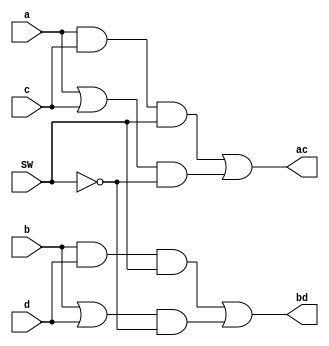
// ---------------------------------
// -- Exemplo0032 - circEx32 
// -- Nome: Alexnadre Plamieir Sad 
// -- Matricula: 440265 
// ---------------------------------

// ---------------------------------
// -- Modulo principal
// ---------------------------------
module circEx32(output ac, output bd, input a, input b, input c, input d, input SW);
	wire saac, soac, sabd, sobd, n0, n1, s0, s1, s2, s3;
	and AAC(saac, a, c);
	or  OAC(soac, a, c);
	and ABD(sabd, b, d);
	or  OBD(sobd, b, d);
	not N1(n0, SW);
	not N2(n1, SW);
	and A1(s0, saac, SW);
	and A2(s1, soac, n0);
	and A3(s2, sabd, SW);
	and A4(s3, sobd, n1);
	or  O1(ac, s0, s1);
	or  O2(bd, s2, s3);
endmodule

// ---------------------------------
// -- Modulo testador
// ---------------------------------
module testMain; 
// --------------------------------- definir dados 
	reg 	a, b, c, d;
	reg 	switch;
	wire 	s0, s1;
	
// --------------------------------- instanciando
	circEx32 C1(s0, s1, a, b, c, d, switch);
	
// --------------------------------- inicializacao
	initial begin:start
		a = 0;
		b = 0;
		c = 0;
		d = 0;
		switch = 0;  
	end 
// --------------------------------- parte principal 
	initial begin 
		$display("Exemplo0032 - Sad - 440265"); 
		$display("Test LU's module");
		$display("Switch = 0 -> OR");
		$monitor(" %b%b | %b%b = %b%b", a, b, c, d, s0, s1); 
		
	// --------------------------------- projetar testes do modulo 
		#1
		a = 0; b = 0; c = 0; d = 0; switch = 0;
		#1
		a = 0; b = 0; c = 0; d = 1; switch = 0;
		#1
		a = 0; b = 0; c = 1; d = 0; switch = 0;
		#1
		a = 0; b = 0; c = 1; d = 1; switch = 0;
		#1
		a = 0; b = 1; c = 0; d = 0; switch = 0;
		#1
		a = 0; b = 1; c = 0; d = 1; switch = 0;
		#1
		a = 0; b = 1; c = 1; d = 0; switch = 0;		
		#1
		a = 0; b = 1; c = 1; d = 1; switch = 0;
		#1
		a = 1; b = 0; c = 0; d = 0; switch = 0;
		#1
		a = 1; b = 0; c = 0; d = 1; switch = 0;
		#1
		a = 1; b = 0; c = 1; d = 0; switch = 0;
		#1
		a = 1; b = 0; c = 1; d = 1; switch = 0;
		#1
		a = 1; b = 1; c = 0; d = 0; switch = 0;
		#1
		a = 1; b = 1; c = 0; d = 1; switch = 0;
		#1
		a = 1; b = 1; c = 1; d = 0; switch = 0;
		#1
		a = 1; b = 1; c = 1; d = 1; switch = 0;
		#1
		a = 0; b = 0; c = 0; d = 0; switch = 1;
		$display("-----------------------");
		$display("Switch = 1 -> AND");
		$monitor(" %b%b & %b%b = %b%b", a, b, c, d, s0, s1);
		#1
		a = 0; b = 0; c = 0; d = 1; switch = 1;
		#1
		a = 0; b = 0; c = 1; d = 0; switch = 1;
		#1
		a = 0; b = 0; c = 1; d = 1; switch = 1;
		#1
		a = 0; b = 1; c = 0; d = 0; switch = 1;
		#1
		a = 0; b = 1; c = 0; d = 1; switch = 1;
		#1
		a = 0; b = 1; c = 1; d = 0; switch = 1;		
		#1
		a = 0; b = 1; c = 1; d = 1; switch = 1;
		#1
		a = 1; b = 0; c = 0; d = 0; switch = 1;
		#1
		a = 1; b = 0; c = 0; d = 1; switch = 1;
		#1
		a = 1; b = 0; c = 1; d = 0; switch = 1;
		#1
		a = 1; b = 0; c = 1; d = 1; switch = 1;
		#1
		a = 1; b = 1; c = 0; d = 0; switch = 1;
		#1
		a = 1; b = 1; c = 0; d = 1; switch = 1;
		#1
		a = 1; b = 1; c = 1; d = 0; switch = 1;
		#1
		a = 1; b = 1; c = 1; d = 1; switch = 1;
	end 
endmodule // -- test_f4